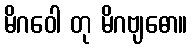
မိဂဝေါ တု မိဂဗျဓော။